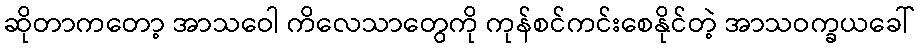
ဆိုတာကတော့ အာသဝေါ ကိလေသာတွေကို ကုန်စင်ကင်းစေနိုင်တဲ့ အာသဝက္ခယခေါ်